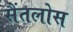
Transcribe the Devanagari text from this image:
सैंतलोस